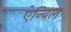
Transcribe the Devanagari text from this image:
एन्बिल